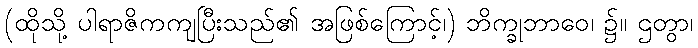
(ထိုသို့ ပါရာဇိကကျပြီးသည်၏ အဖြစ်ကြောင့်၊) ဘိက္ခုဘာဝေ၊ ၌။ ဌတွာ၊